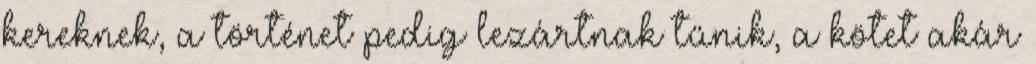
kereknek, a történet pedig lezártnak tűnik, a kötet akár